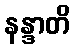
နန္ဒာတိ